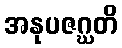
အနုပဇဂ္ဃတိ